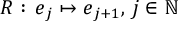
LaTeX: R : \, e _ { j } \mapsto e _ { j + 1 } , \, j \in \mathbb { N }